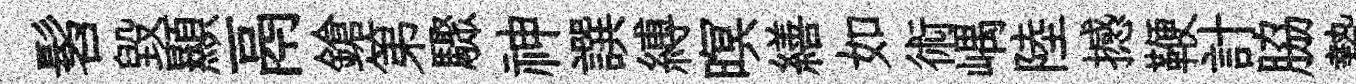
髫毁顯鬲鎗第驟神譔縛暝繕如術嵎陸撼鞭計脇贄